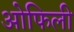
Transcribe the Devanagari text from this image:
ओफिली